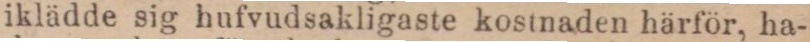
iklädde sig hufvudsakligaste kostnaden härför, ha-